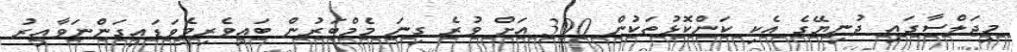
މިޖަލްސާގައި ދުނިޔޭގެ އެކި ކަންކޮޅުތަކުން 300 އަށް ވުރެ ގިނަ މެމްބަރުން ބައިވެރިވެވަޑައިގަންނަވާއިރު